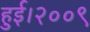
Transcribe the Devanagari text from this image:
हुई।२००९